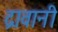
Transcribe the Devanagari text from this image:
द्रावानी